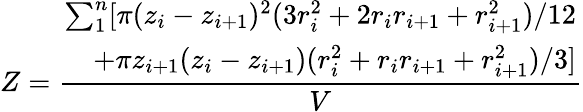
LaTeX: Z=\frac{\begin{array}{r}{\sum_{1}^{n}[\pi(z_{i}-z_{i+1})^{2}(3r_{i}^{2}+2r_{i}r_{i+1}+r_{i+1}^{2})/12}\\ {+\pi z_{i+1}(z_{i}-z_{i+1})(r_{i}^{2}+r_{i}r_{i+1}+r_{i+1}^{2})/3]}\end{array}}{V}